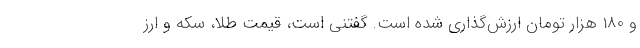
و 180 هزار تومان ارزش‌گذاری شده است. گفتنی است، قیمت طلا، سکه و ارز